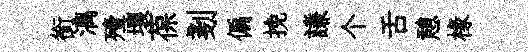
銜漓殪壤葆剗偏挽謙个舌憩椽